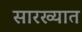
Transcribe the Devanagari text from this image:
सारख्यात